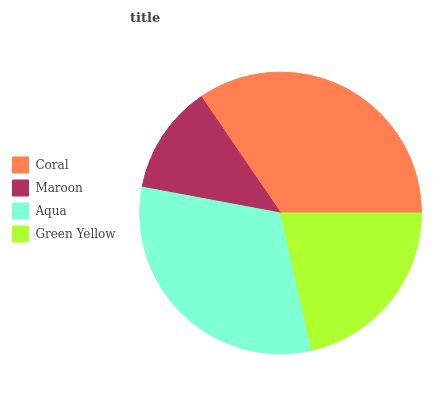
| Coral | Maroon | Aqua | Green Yellow |
 | --- | --- | --- | --- |
 | 34.5% | 12.5% | 31.5% | 21.5% |